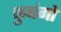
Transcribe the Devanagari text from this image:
कुबंगो